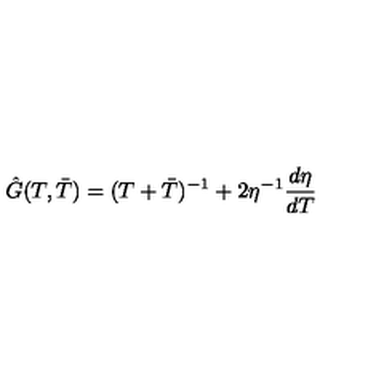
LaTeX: \hat { G } ( T , \bar { T } ) = ( T + \bar { T } ) ^ { - 1 } + 2 \eta ^ { - 1 } \frac { d \eta } { d T }